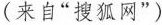
(来自“搜狐网”)